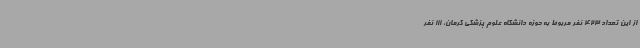
از این تعداد 423 نفر مربوط به حوزه دانشگاه علوم پزشکی کرمان، 111 نفر